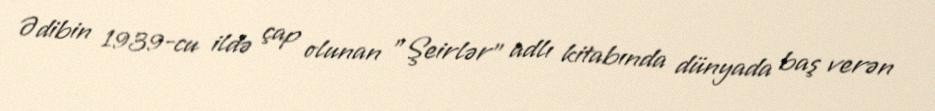
Ədibin 1939-cu ildə çap olunan "Şeirlər" adlı kitabında dünyada baş verən